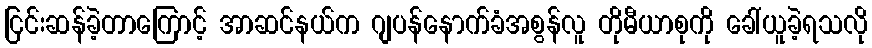
ငြင်းဆန်ခဲ့တာကြောင့် အာဆင်နယ်က ဂျပန်နောက်ခံအစွန်လူ တိုမီယာစုကို ခေါ်ယူခဲ့ရသလို